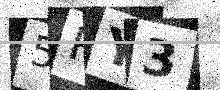
Text: 5PY3